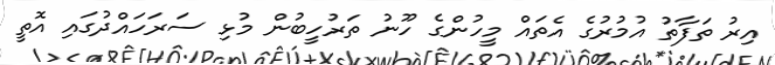
އިރު ތަފާތު އުމުރުގެ އެތައް މީހުންގެ ހޫނު ތަރުހީބުން މުޅި ސަރަހައްދުގައި އޮތީ